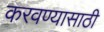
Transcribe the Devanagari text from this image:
करवण्यासाठी